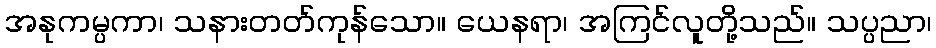
အနုကမ္ပကာ၊ သနားတတ်ကုန်သော။ ယေနရာ၊ အကြင်လူတို့သည်။ သပ္ပညာ၊